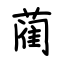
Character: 蔺